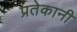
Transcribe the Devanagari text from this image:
प्रतेकानी